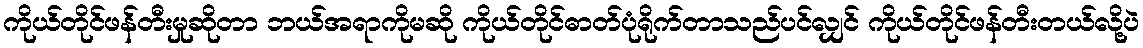
ကိုယ်တိုင်ဖန်တီးမှုဆိုတာ ဘယ်အရာကိုမဆို ကိုယ်တိုင်ဓာတ်ပုံရိုက်တာသည်ပင်လျှင် ကိုယ်တိုင်ဖန်တီးတယ်လို့ပဲ